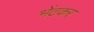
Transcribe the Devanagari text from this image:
भेंटकर